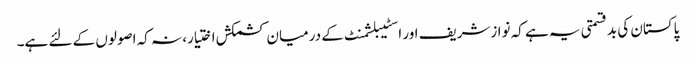
پاکستان کی بدقسمتی یہ ہے کہ نوازشریف اور اسٹیبلشمنٹ کے درمیان کشمکش اختیار، نہ کہ اصولوں کے لئے ہے۔